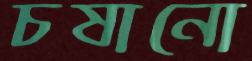
চষানো